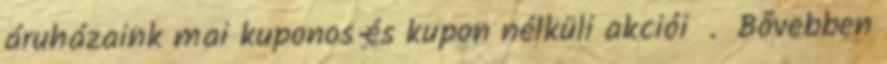
áruházaink mai kuponos és kupon nélküli akciói . Bővebben